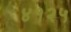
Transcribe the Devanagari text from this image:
४१२५